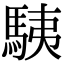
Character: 䮊